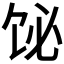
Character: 𫗣